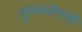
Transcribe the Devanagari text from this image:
दुरुपयोगाची